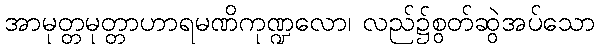
အာမုတ္တမုတ္တာဟာရမဏိကုဏ္ဍလော၊ လည်၌စွတ်ဆွဲအပ်သော